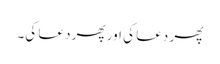
پھر دعا کی اور پھر دعا کی۔